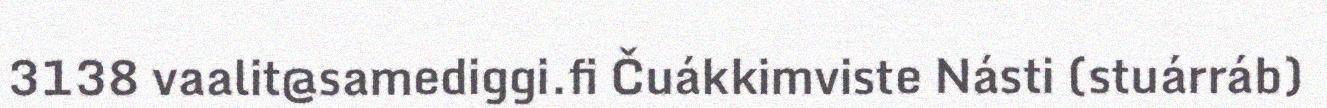
3138 vaalit@samediggi.fi Čuákkimviste Násti (stuárráb)